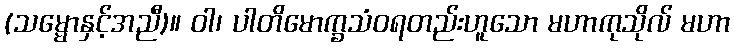
(သမ္မောနှင့်အညီ)။ ဝါ၊ ပါတိမောက္ခသံဝရတည်းဟူသော မဟာကုသိုလ် မဟာ